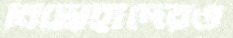
বিদ্রোহীদেরও